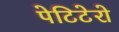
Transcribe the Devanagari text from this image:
पेटिटेरो